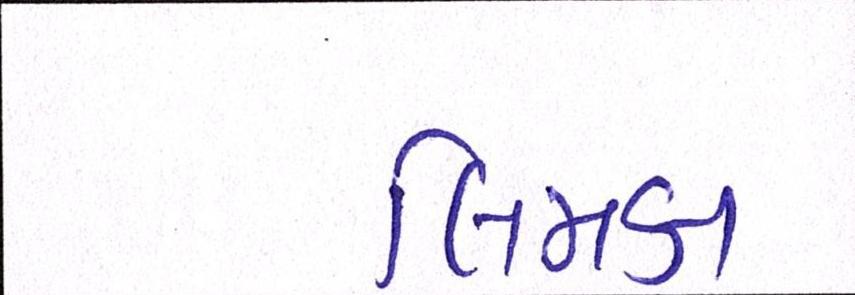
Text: લિમકા